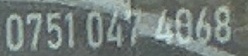
0751 047 4868